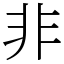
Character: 非